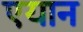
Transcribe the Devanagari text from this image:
एयान